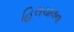
હિલચાલના